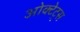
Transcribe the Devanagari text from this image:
ओक्टेट्स